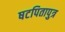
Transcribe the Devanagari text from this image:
षटपितापुत्र